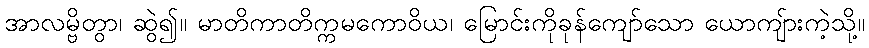
အာလမ္ဗိတွာ၊ ဆွဲ၍။ မာတိကာတိက္ကမကောဝိယ၊ မြောင်းကိုခုန်ကျော်သော ယောကျ်ားကဲ့သို့။